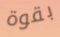
بقوة